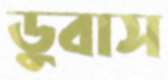
ডুবাস